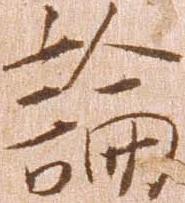
論